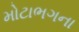
મોટાભગના